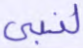
لنبي